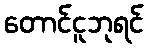
တောင်ငူဘုရင်